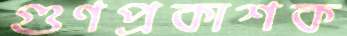
গুণপ্রকাশক